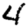
Digit: 4